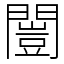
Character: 闓